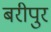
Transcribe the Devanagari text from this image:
बरीपुर